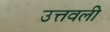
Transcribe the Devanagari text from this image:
उत्तवली